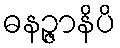
ဓနဉ္ဇာနိပိ